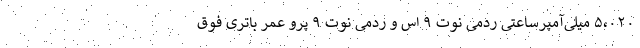
۵،۰۲۰ میلی‌آمپرساعتی ردمی نوت ۹ اس و ردمی نوت ۹ پرو عمر باتری فوق